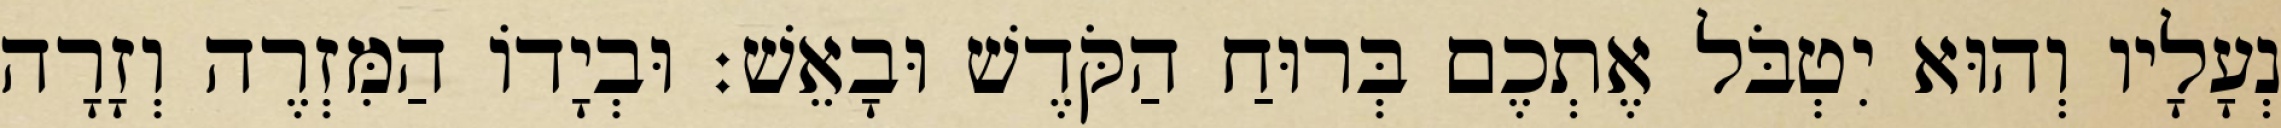
נְעָלָיו וְהוּא יִטְבֹּל אֶתְכֶם בְּרוּחַ הַקֹּדֶשׁ וּבָאֵשׁ׃ וּבְיָדוֹ הַמִּזְרֶה וְזָרָה